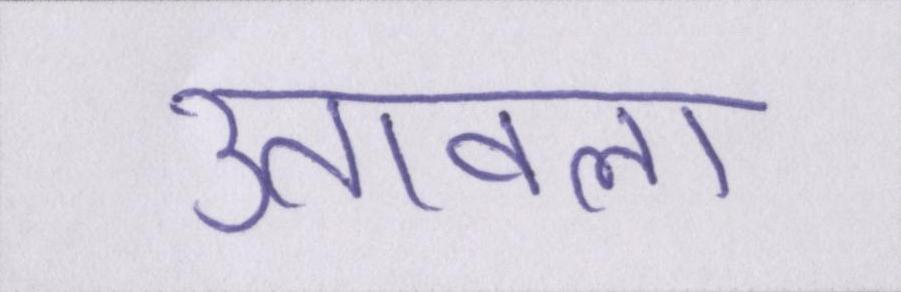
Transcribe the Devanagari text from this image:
उतावला